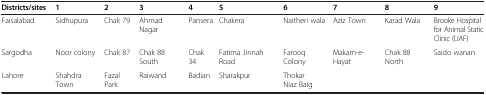
<table><thead><tr><td><b>Districts/sites</b></td><td><b>1</b></td><td><b>2</b></td><td><b>3</b></td><td><b>4</b></td><td><b>5</b></td><td><b>6</b></td><td><b>7</b></td><td><b>8</b></td><td><b>9</b></td></tr></thead><tbody><tr><td>Faisalabad</td><td>Sidhupura</td><td>Chak 79</td><td>Ahmad Nagar</td><td>Pansera</td><td>Chakera</td><td>Naitheri wala</td><td>Aziz Town</td><td>Karad Wala</td><td>Brooke Hospital for Animal Static Clinic (UAF)</td></tr><tr><td>Sargodha</td><td>Noor colony</td><td>Chak 87</td><td>Chak 88 South</td><td>Chak 34</td><td>Fatima Jinnah Road</td><td>Farooq Colony</td><td>Makam-e-Hayat</td><td>Chak 88 North</td><td>Saido wanan</td></tr><tr><td>Lahore</td><td>Shahdra Town</td><td>Fazal Park</td><td>Raiwand</td><td>Badian</td><td>Sharakpur</td><td>Thokar Niaz Baig</td><td> </td><td> </td><td> </td></tr></tbody></table>